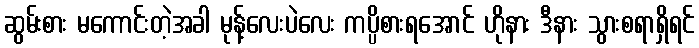
ဆွမ်းစား မကောင်းတဲ့အခါ မုန့်လေးပဲလေး ကပ္ပိစားရအောင် ဟိုနား ဒီနား သွားစရာရှိရင်